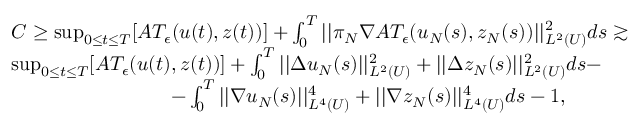
\begin{array} { r l } & { C \geq \operatorname* { s u p } _ { 0 \leq t \leq T } [ A T _ { \epsilon } ( u ( t ) , z ( t ) ) ] + \int _ { 0 } ^ { T } | | \pi _ { N } \nabla A T _ { \epsilon } ( u _ { N } ( s ) , z _ { N } ( s ) ) | | _ { L ^ { 2 } ( U ) } ^ { 2 } d s \gtrsim } \\ & { \operatorname* { s u p } _ { 0 \leq t \leq T } [ A T _ { \epsilon } ( u ( t ) , z ( t ) ) ] + \int _ { 0 } ^ { T } | | \Delta u _ { N } ( s ) | | _ { L ^ { 2 } ( U ) } ^ { 2 } + | | \Delta z _ { N } ( s ) | | _ { L ^ { 2 } ( U ) } ^ { 2 } d s - } \\ & { \qquad \qquad \qquad \qquad - \int _ { 0 } ^ { T } | | \nabla u _ { N } ( s ) | | _ { L ^ { 4 } ( U ) } ^ { 4 } + | | \nabla z _ { N } ( s ) | | _ { L ^ { 4 } ( U ) } ^ { 4 } d s - 1 , } \end{array}